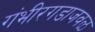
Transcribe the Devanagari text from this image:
गंभीरगडाजवळ